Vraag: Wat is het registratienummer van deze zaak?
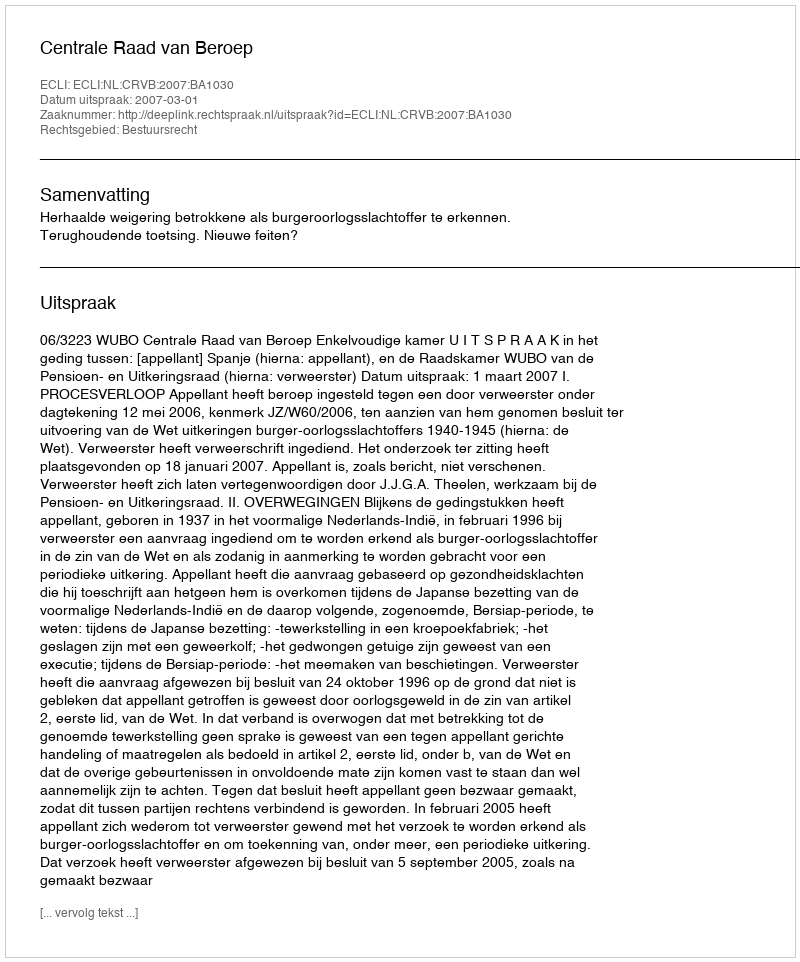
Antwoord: http://deeplink.rechtspraak.nl/uitspraak?id=ECLI:NL:CRVB:2007:BA1030